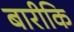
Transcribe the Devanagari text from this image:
बारीकि